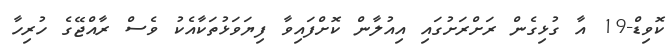
ކޮވިޑް-19 އާ ގުޅިގެން ރަށްރަށުގައި އިއުލާން ކޮށްފައިވާ ފިޔަވަޅުތަކާއެކު ވެސް ރާއްޖޭގެ ހުރިހާ